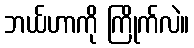
ဘယ်ဟာကို ကြိုက်လဲ။